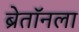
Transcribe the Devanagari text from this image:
ब्रेतॉनला